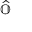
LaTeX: \widehat { \mathbb { O } }